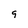
Character: g